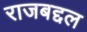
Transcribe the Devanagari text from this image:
राजबद्दल